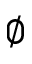
\emptyset